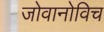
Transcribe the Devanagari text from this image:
जोवानोविच